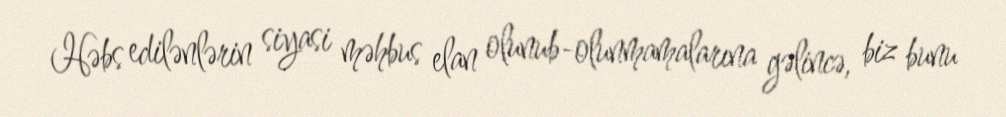
Həbs edilənlərin siyasi məhbus elan olunub-olunmamalarına gəlincə, biz bunu